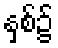
နှစ်၌